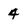
Character: 4